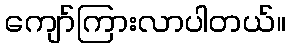
ကျော်ကြားလာပါတယ်။